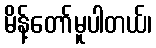
မိန့်တော်မူပါတယ်၊